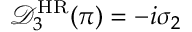
\mathcal { D } _ { 3 } ^ { \mathrm { H R } } ( \pi ) = - i \sigma _ { 2 }